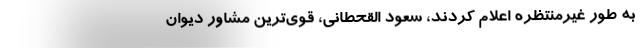
به طور غیرمنتظره اعلام کردند، سعود القحطانی، قوی‌ترین مشاور دیوان